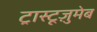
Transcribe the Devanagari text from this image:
ट्रास्टूज़ुमेब